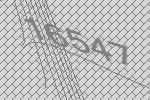
16547